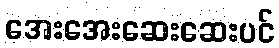
အေးအေးဆေးဆေးပင်